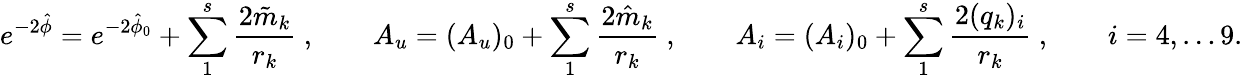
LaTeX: e^{-2\hat{\phi}}=e^{-2\hat{\phi}_{0}}+\sum_{1}^{s}{\frac{2\tilde{m}_{k}}{r_{k}}}\ ,\qquad A_{u}=(A_{u})_{0}+\sum_{1}^{s}{\frac{2\hat{m}_{k}}{r_{k}}}\ ,\qquad A_{i}=(A_{i})_{0}+\sum_{1}^{s}{\frac{2(q_{k})_{i}}{r_{k}}}\ ,\qquad i=4,\dots 9.